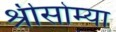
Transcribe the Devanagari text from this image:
श्रीसोम्या